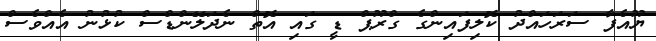
ޔޫއެފާ ސަރަހައްދު ކޮލިފައިންގެ ގްރޫޕް ޑީ ގައި އޮތް ނެދަލޭންޑްސް ކުޅުނު އެއްވެސް